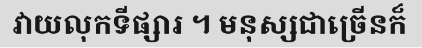
វាយលុកទីផ្សារ ។ មនុស្សជាច្រើនក៏